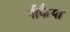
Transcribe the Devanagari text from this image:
नीकैया